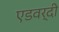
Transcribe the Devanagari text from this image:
एडवर्दी